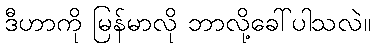
ဒီဟာကို မြန်မာလို ဘာလို့ခေါ်ပါသလဲ။